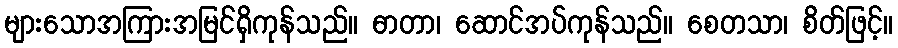
များသောအကြားအမြင်ရှိကုန်သည်။ ဓာတာ၊ ဆောင်အပ်ကုန်သည်။ စေတသာ၊ စိတ်ဖြင့်။